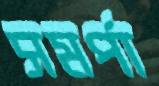
সমর্পা